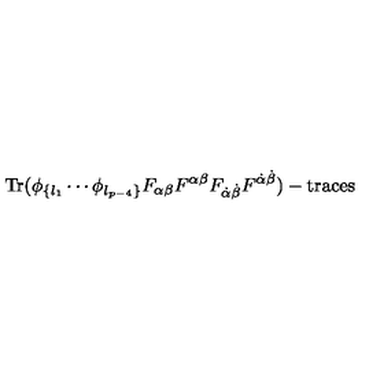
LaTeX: \mathrm { T r } ( \phi _ { \{ l _ { 1 } } \cdots \phi _ { l _ { p - 4 } \} } F _ { \alpha \beta } F ^ { \alpha \beta } F _ { \dot { \alpha } \dot { \beta } } F ^ { \dot { \alpha } \dot { \beta } } ) - \mathrm { t r a c e s }